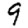
Digit: 9